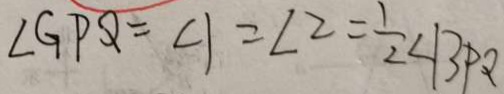
\angle G P Q = \angle 1 = \angle 2 = \frac { 1 } { 2 } \angle B P Q